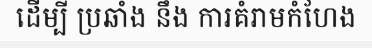
ដើម្បី ប្រឆាំង នឹង ការគំរាមកំហែង